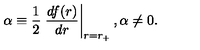
\alpha \equiv { \frac { 1 } { 2 } } \left. { \frac { d f ( r ) } { d r } } \right| _ { r = r _ { + } } , \alpha \neq 0 .